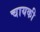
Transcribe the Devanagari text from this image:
चायकी